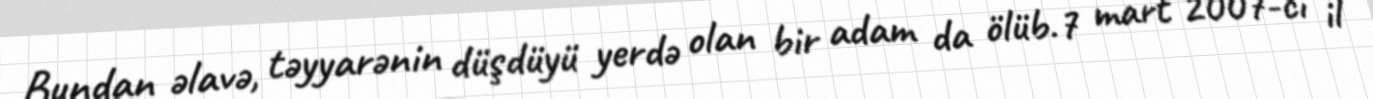
Bundan əlavə, təyyarənin düşdüyü yerdə olan bir adam da ölüb.7 mart 2007-ci il